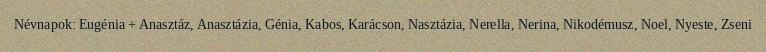
Névnapok: Eugénia + Anasztáz, Anasztázia, Génia, Kabos, Karácson, Nasztázia, Nerella, Nerina, Nikodémusz, Noel, Nyeste, Zseni